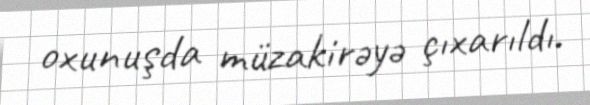
oxunuşda müzakirəyə çıxarıldı.